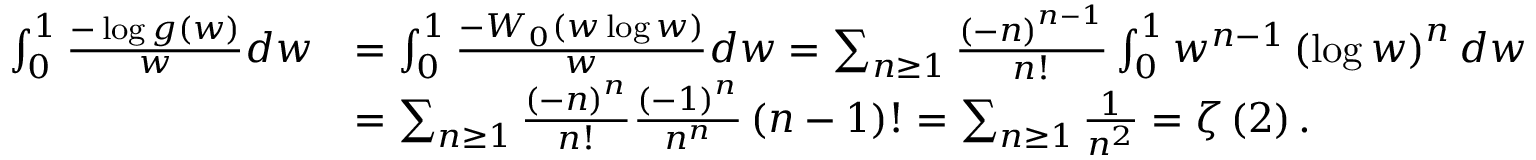
\begin{array} { r l } { \int _ { 0 } ^ { 1 } \frac { - \log g \left( w \right) } { w } d w } & { = \int _ { 0 } ^ { 1 } \frac { - W _ { 0 } \left( w \log w \right) } { w } d w = \sum _ { n \ge 1 } \frac { \left( - n \right) ^ { n - 1 } } { n ! } \int _ { 0 } ^ { 1 } w ^ { n - 1 } \left( \log w \right) ^ { n } d w } \\ & { = \sum _ { n \ge 1 } \frac { \left( - n \right) ^ { n } } { n ! } \frac { \left( - 1 \right) ^ { n } } { n ^ { n } } \left( n - 1 \right) ! = \sum _ { n \ge 1 } \frac { 1 } { n ^ { 2 } } = \zeta \left( 2 \right) . } \end{array}